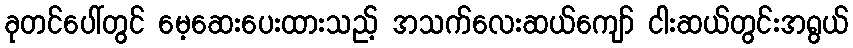
ခုတင်ပေါ်တွင် မေ့ဆေးပေးထားသည့် အသက်လေးဆယ်ကျော် ငါးဆယ်တွင်းအရွယ်